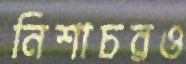
নিশাচরও